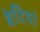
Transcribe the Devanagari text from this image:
बेदियां